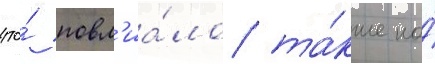
что́ повл'иа́ло та́кже на́